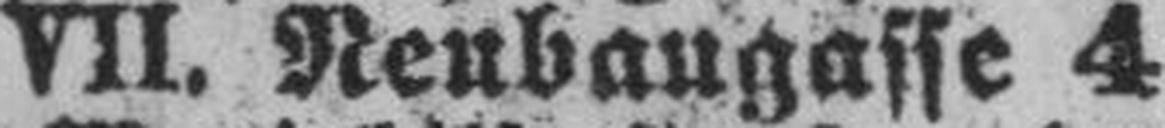
VII. Neubaugasse 4